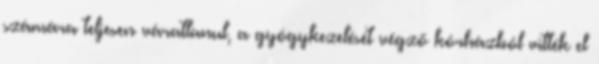
számára teljesen váratlanul, a gyógykezelését végző kórházból vitték el